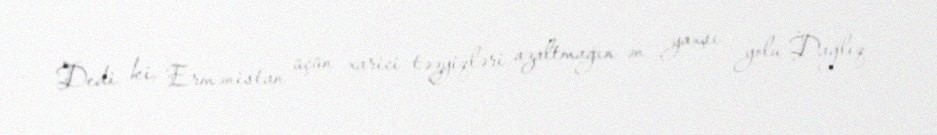
Dedi ki, Ermənistan üçün xarici təzyiqləri azaltmağın ən yaxşı yolu Dağlıq